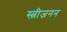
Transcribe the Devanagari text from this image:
स्त्रीजनन